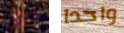
لانزال واحدا